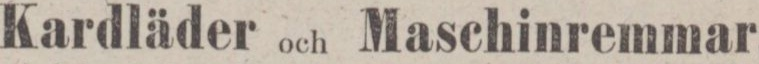
Kardläder och Maschinremmar,